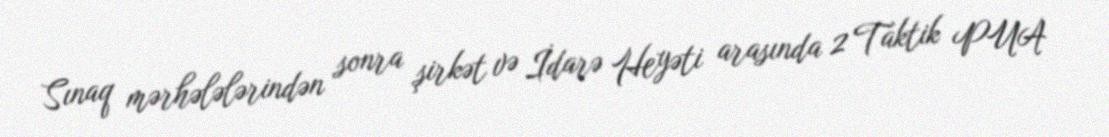
Sınaq mərhələlərindən sonra şirkət və İdarə Heyəti arasında 2 Taktik PUA